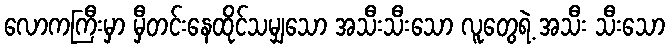
လောကကြီးမှာ မှီတင်းနေထိုင်သမျှသော အသီးသီးသော လူတွေရဲ့ အသီး သီးသော